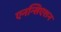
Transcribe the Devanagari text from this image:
एनन्सिएशन